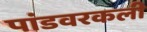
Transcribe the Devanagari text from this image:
पांडवरकली